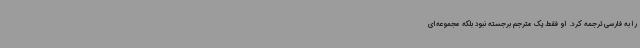
را به فارسی ترجمه کرد. او فقط یک مترجم برجسته نبود بلکه مجموعه‌ای